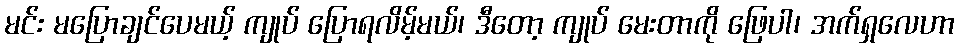
မင်း မပြောချင်ပေမယ့် ကျုပ် ပြောရလိမ့်မယ်၊ ဒီတော့ ကျုပ် မေးတာကို ဖြေပါ၊ အက်ရှလေဟာ